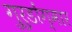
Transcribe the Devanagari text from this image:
गुरुडोंग्मार